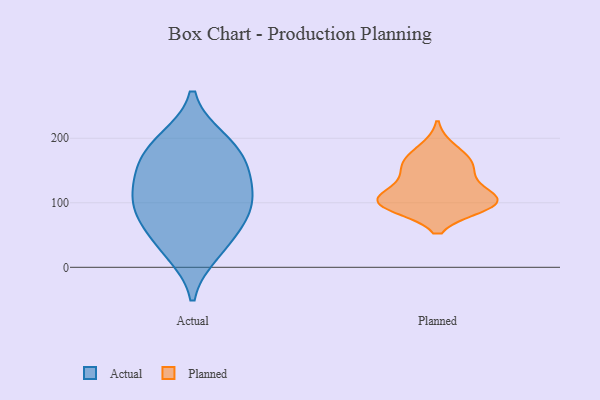
{"axis": {"x": "LTV (USD)", "y": "Value"}, "legend": ["Actual", "Planned"], "data": [{"x": "", "y": 88, "type": "Actual"}, {"x": "", "y": 144, "type": "Actual"}, {"x": "", "y": 187, "type": "Actual"}, {"x": "", "y": 43, "type": "Actual"}, {"x": "", "y": 197, "type": "Actual"}, {"x": "", "y": 85, "type": "Actual"}, {"x": "", "y": 24, "type": "Actual"}, {"x": "", "y": 127, "type": "Actual"}, {"x": "", "y": 161, "type": "Actual"}, {"x": "", "y": 96, "type": "Actual"}, {"x": "", "y": 136, "type": "Planned"}, {"x": "", "y": 185, "type": "Planned"}, {"x": "", "y": 164, "type": "Planned"}, {"x": "", "y": 116, "type": "Planned"}, {"x": "", "y": 101, "type": "Planned"}, {"x": "", "y": 102, "type": "Planned"}, {"x": "", "y": 100, "type": "Planned"}, {"x": "", "y": 152, "type": "Planned"}, {"x": "", "y": 162, "type": "Planned"}, {"x": "", "y": 94, "type": "Planned"}, {"x": "", "y": 106, "type": "Planned"}, {"x": "", "y": 94, "type": "Planned"}]}